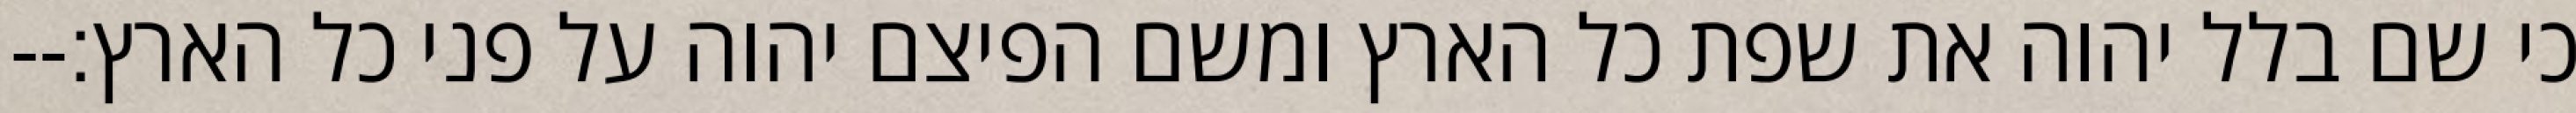
כי שם בלל יהוה את שפת כל הארץ ומשם הפיצם יהוה על פני כל הארץ׃--